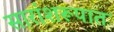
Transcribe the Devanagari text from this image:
सारांशरूपात